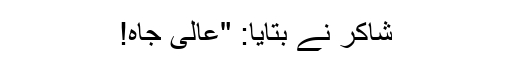
شاکر نے بتایا: "عالی جاہ!